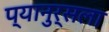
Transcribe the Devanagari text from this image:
प्यानुर्सला